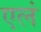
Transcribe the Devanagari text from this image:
एलं